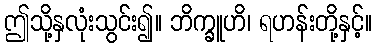
ဤသို့နှလုံးသွင်း၍။ ဘိက္ခူဟိ၊ ရဟန်းတို့နှင့်။